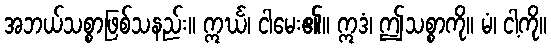
အဘယ်သစ္စာဖြစ်သနည်း။ ဣင်္ဃ၊ ငါမေး၏။ ဣဒံ၊ ဤသစ္စာကို။ မံ၊ ငါ့ကို။